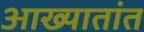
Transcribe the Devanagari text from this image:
आख्यातांत